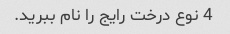
4 نوع درخت رایج را نام ببرید.